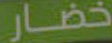
خضار